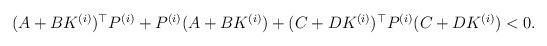
LaTeX: \begin{align*}\begin{aligned}(A+BK^{(i)})^{\top} P^{(i)}+P^{(i)}(A+BK^{(i)})+(C+DK^{(i)})^{\top} P^{(i)}(C+DK^{(i)})<0. \end{aligned}\end{align*}